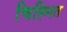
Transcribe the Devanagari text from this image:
चिह्‍नित